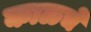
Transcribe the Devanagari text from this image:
काळचें